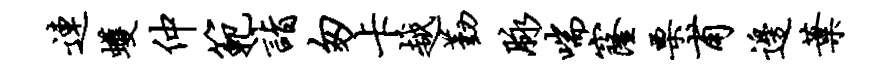
连蠖仲范诣匆卡越勤脉喘窿栗甫边叶